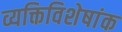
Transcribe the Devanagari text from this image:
व्यक्तिविशेषांक